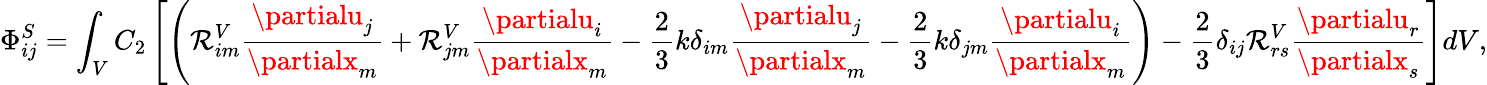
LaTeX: \Phi_{ij}^{S}=\int_{V}C_{2}\left[\left(\mathcal{R}_{im}^{V}\frac{{\partialu_{j}}}{{\partialx_{m}}}+\mathcal{R}_{jm}^{V}\frac{{\partialu_{i}}}{{\partialx_{m}}}-\frac{{2}}{{3}}k\delta_{im}\frac{{\partialu_{j}}}{{\partialx_{m}}}-\frac{{2}}{{3}}k\delta_{jm}\frac{{\partialu_{i}}}{{\partialx_{m}}}\right)-\frac{{2}}{{3}}\delta_{ij}\mathcal{R}_{rs}^{V}\frac{{\partialu_{r}}}{{\partialx_{s}}}\right]dV,